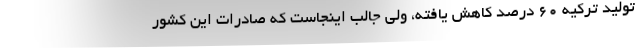
تولید ترکیه 60 درصد کاهش یافته، ولی جالب اینجاست که صادرات این کشور